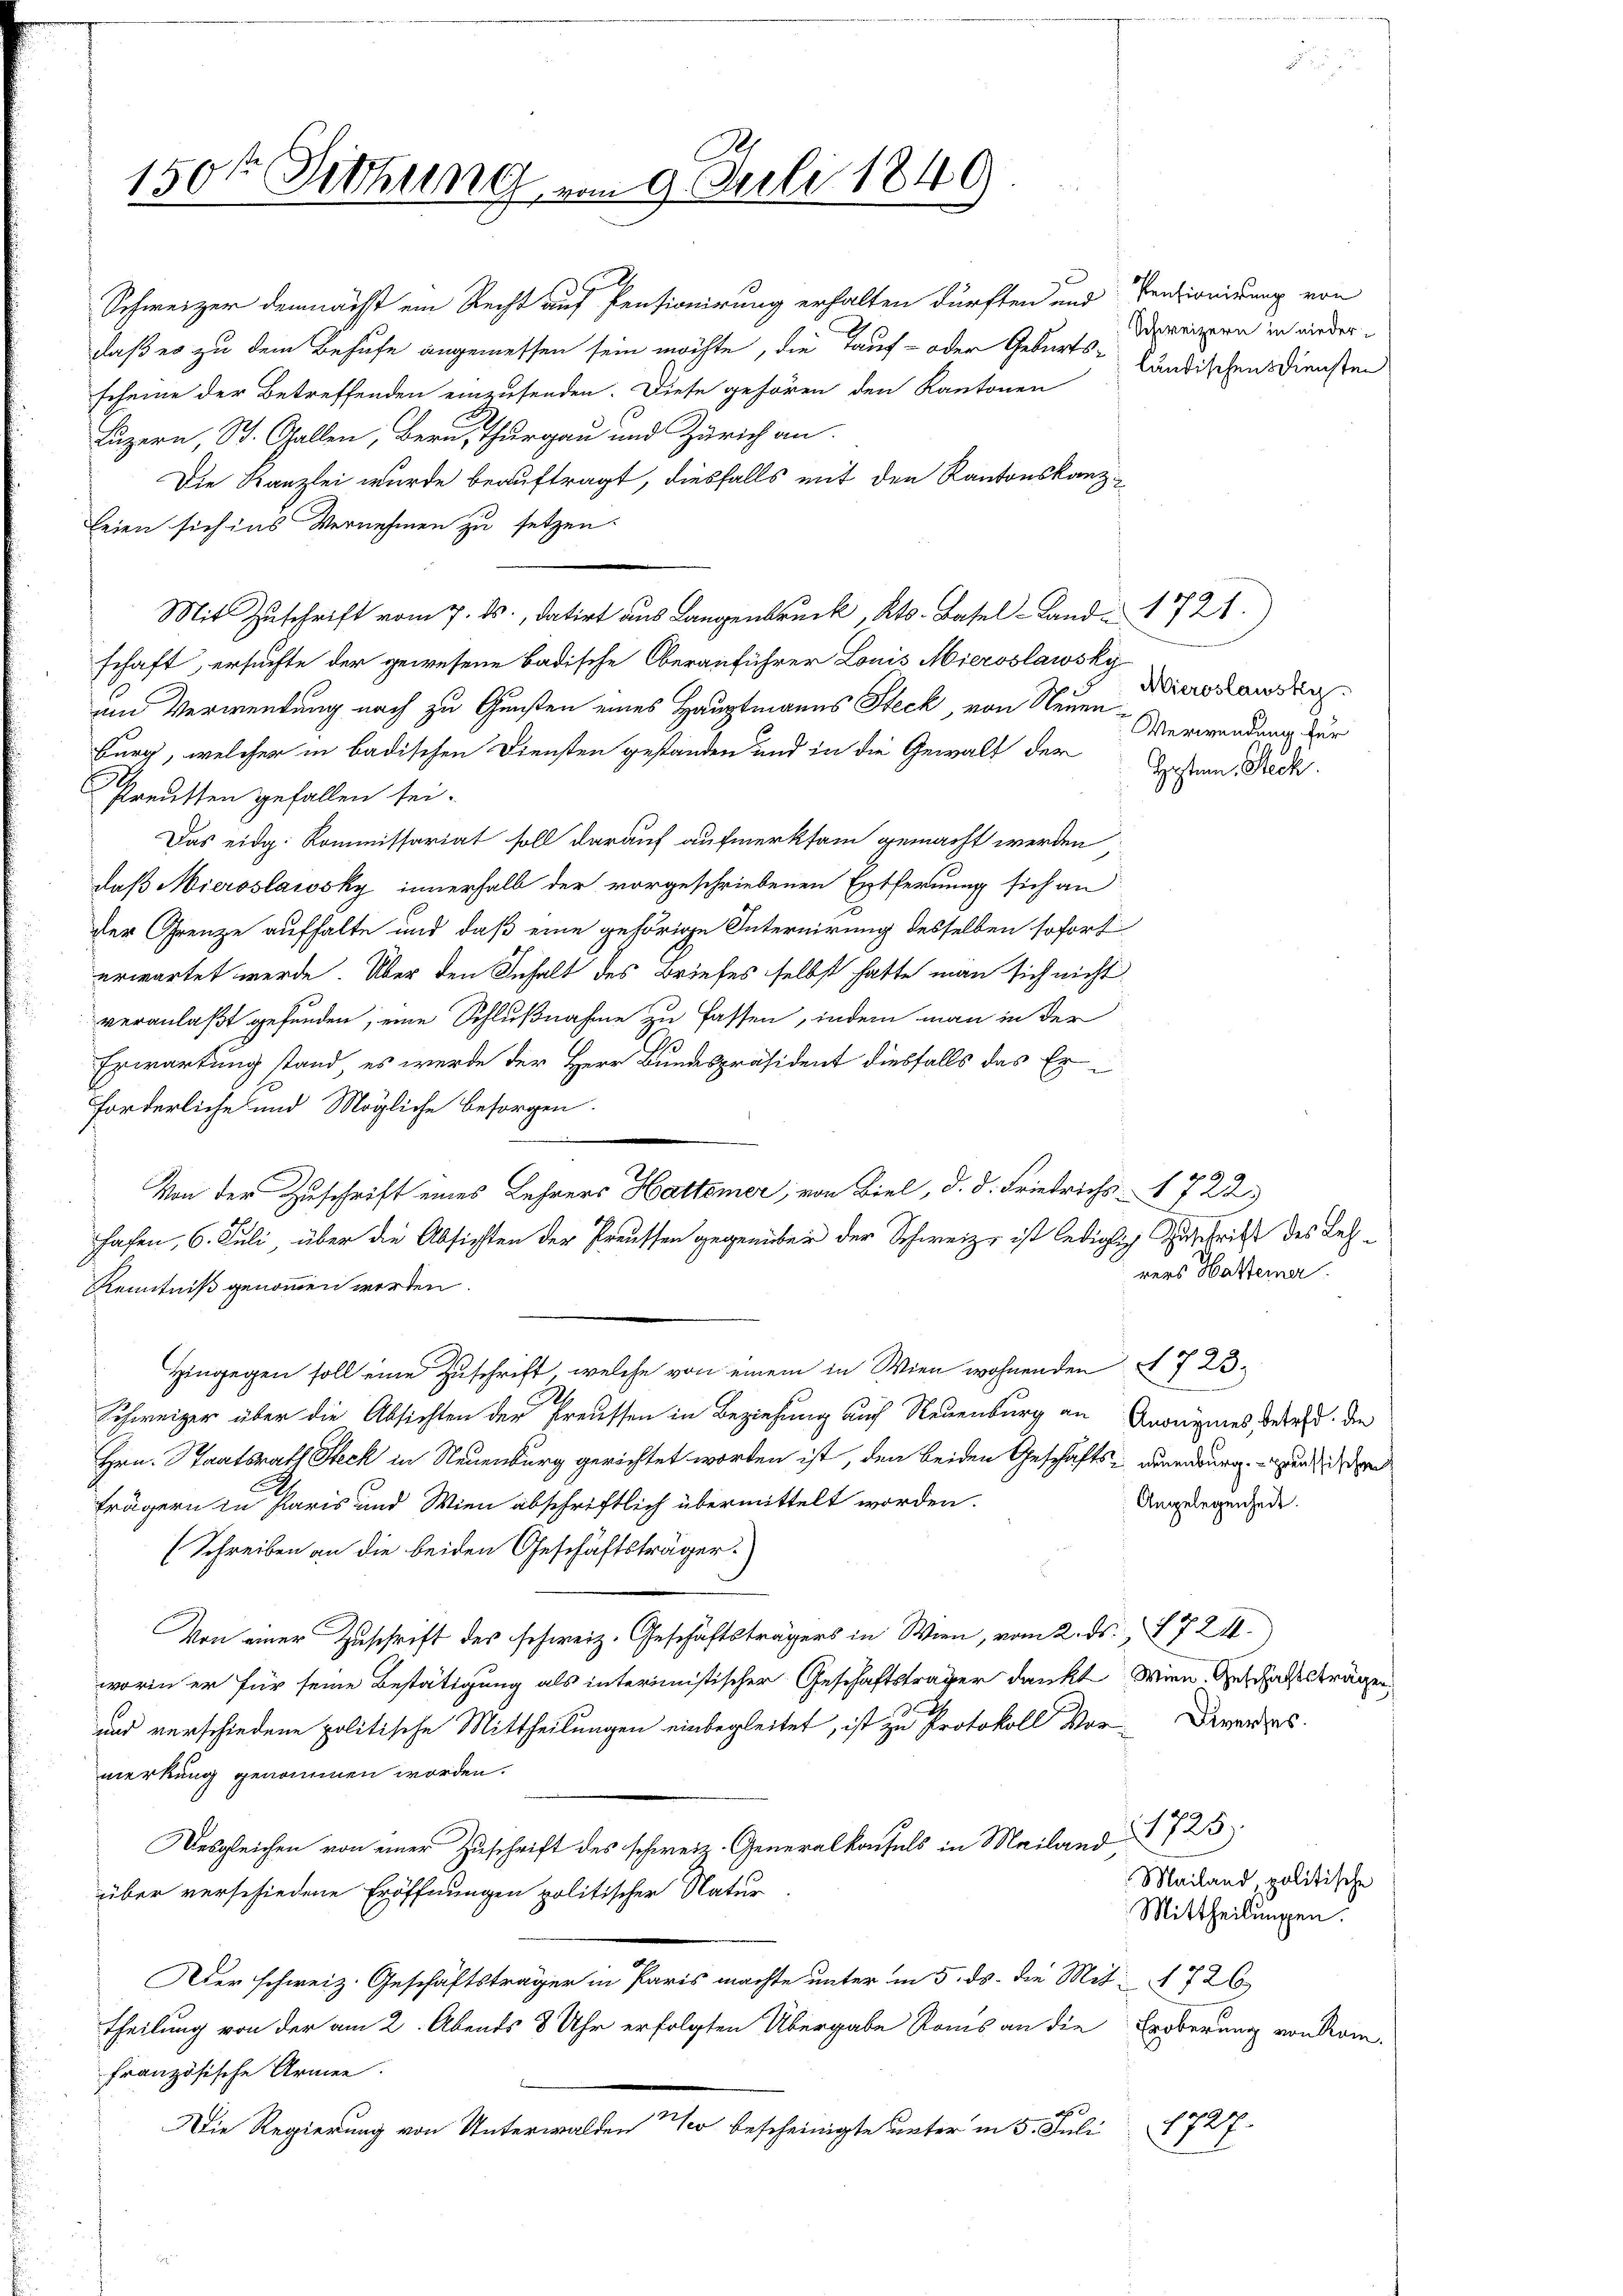
150te Sitzung vom 9. Juli 1849

Schweizer demnächst ein Recht auf Pensionirung erhalten dürften und Pensionirung von
daß er zu dem Behufe angemessen sein möchte, die Tauf- oder Geburts-ländischens Diensten
scheine der Betreffenden einzusenden. Diese gehören den Kantonen
Luzern, St. Gallen, Bern Thurgau und Zürich an.
Die Kanzlei wurde beauftragt, diesfalls mit den Kantonskanzeien sich ins Vernehmen zu setzen.
Mit Zuschrift vom 7. ds., datirt aus Langenbruck, Kts. Basel-Land 1721.)
schaft, ersuchte der gewesene Badische Oberanführer Louis Mieroslawsky
und Verwendung nach zu Gunsten eines Hauptmanns Steck, von Neuen
burg, welcher in badischen Diensten gestanden und in die Gewalt der Gassen, Rech
Preusten gefallen sei.
Das eidg. Kommissariat soll darauf aufmerksam gemacht werden
daß Mieroslawsky innerhalb der vorgeschriebenen Entfernung sich an
der Grenze aufhalte und daß eine gehörige Internirung desselben sofort
erwartet werde. Über den Inhalt des Briefes selbst hatte man sich nicht
veranlaßt gefunden, eine Schlußnahme zu fassen, indem man in der
Erwartung stand, es werde der Herr Bundespräsident diesfalls das Erforderliche und Mögliche Besorgen.
rers Hatterner
Kenntniß genommen worden.
Hingegen soll eine Zuschrift, welche von einem in Wien wohnenden § 723.
Schweizer über die Absichten der Preussen in Beziehung auch Neuenburg an Anonymes, dass die
Hrn. Staatsrath Steck in Neuenburg gerichtet worden ist, den beiden Geschäfts - woneburg und d
Angelegenheit.
trägern in Paris und Wien abschriftlich übermittelt worden.
(Schreiben an die beiden Geschäftsträger.
Von einer Zuschrift des schweiz. Geschäftsträgers in Wien, vom 2. ds. 724.
worin er für seine Bestätigung als interimistischer Geschäftsträger dankt. Wien Geschafftsträgen
und verschiedene politische Mittheilungen einbegleitet, ist zu Protokoll Vor-Brandes
merkung genommen worden.
Desgleichen von einer Zuschrift des schweiz. Generalkaufels in Mailand 725
Mailand, politische
über verschiedene Eröffnungen politischer Natur
Mittheilungen.
Der schweiz. Geschäftsträger in Paris machte unter in 5. ds. die Mit 726
theilung von der am 2. Abends 8 Uhr erfolgten Übergabe Roms an die Erbberung von Kom-
französische Armen.
1727.
Die Regierung von Unterwalden so bescheinigte unter in 5. Juli

Von der Zuschrift eines Lehrers Hattsmer, von Biel, d. d. Friedrichs 1722)
hafen, 6. Juli, über die Absichten der Preussen gegenüber der Schweiz, ist lediglich Zuschrift des Letz¬

Schweizern in nieder¬

Mieroslawsky
Verwendung für